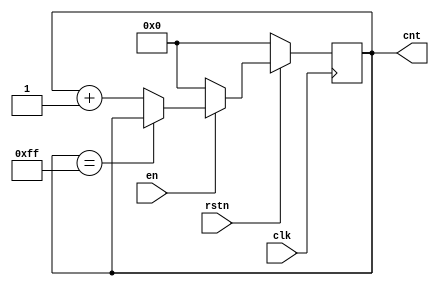
module cnt_once
  #(
     parameter  N  =  8 ,
     parameter MAX =  8'hff ,
     parameter MIN =  8'b0
   )(
     input  clk ,
     input  rstn ,
     input  en   ,
     output reg [N-1 : 0 ] cnt = MIN
   );

  always @(posedge clk )
  begin
    if(!rstn)
    begin
      cnt <= MIN;
    end

    else if(en)
    begin
      if(cnt == MAX)
      begin
        cnt <= cnt ;
      end
      else
      begin
        cnt <= cnt + 1'b1;
      end
    end

    else
    begin
      cnt <= MIN;
    end
  end
endmodule